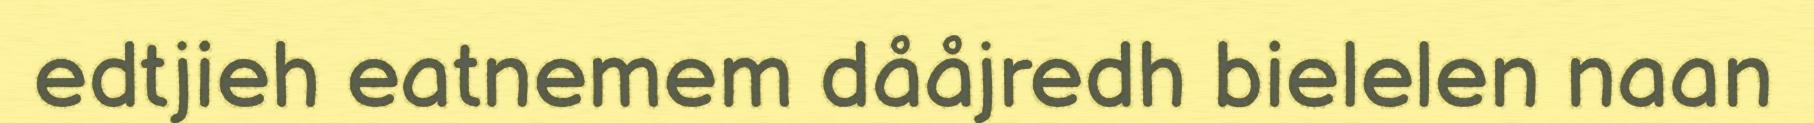
edtjieh eatnemem dååjredh bielelen naan